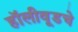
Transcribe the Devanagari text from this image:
हॉलीवूडचे